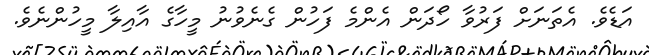
އަޑެވެ. އެތަނަށް ފަރުވާ ހޯދަން އެންމެ ފަހުން ގެނެވުނު މީހާގެ އާއިލާ މީހުންނެވެ.